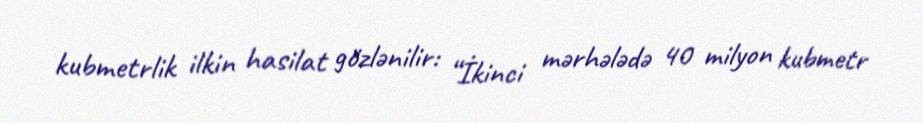
kubmetrlik ilkin hasilat gözlənilir: “İkinci mərhələdə 40 milyon kubmetr